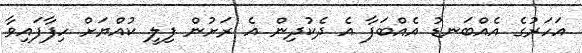
އަހަރުގެ އެއްބަނޑު އެއްބަފާ އެ ދެކުދިން އެ ރަށުން ފިލީ ކުއްޔަށް ހިފާފައިވާ